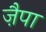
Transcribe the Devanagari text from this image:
ज़ैपा